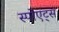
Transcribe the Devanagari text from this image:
स्पोएट्स